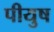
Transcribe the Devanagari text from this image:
पीयुष